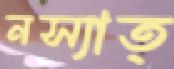
নস্যাত্